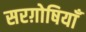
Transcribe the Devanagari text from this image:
सरग़ोषियाँ